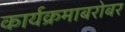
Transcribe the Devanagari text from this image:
कार्यक्रमाबरोबर